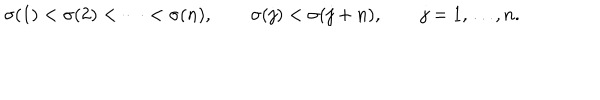
\sigma ( 1 ) < \sigma ( 2 ) < \cdots < \sigma ( n ) , \qquad \sigma ( j ) < \sigma ( j + n ) , \qquad j = 1 , \ldots , n .